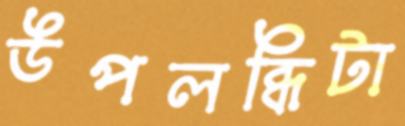
উপলব্ধিটা